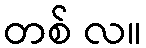
တစ် လ။